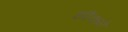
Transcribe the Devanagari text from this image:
छौंकने